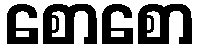
စောစော